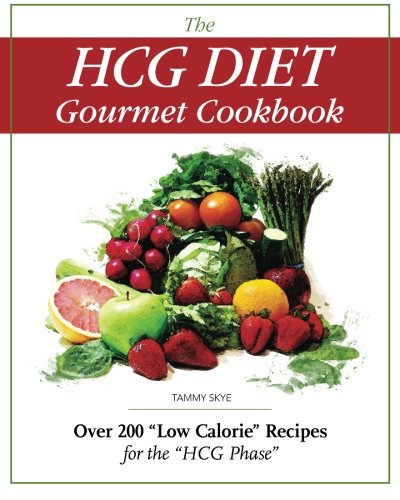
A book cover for The HCG Diet Gourmet Cookbook: Over 200 "Low Calorie" Recipes for the "HCG Phase"; Tammy Skye; Cookbooks, Food & Wine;